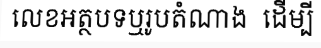
លេខអត្ថបទឬរូបតំណាង  ដើម្បី